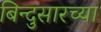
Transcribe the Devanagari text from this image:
बिन्दुसारच्या